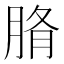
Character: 𦜂